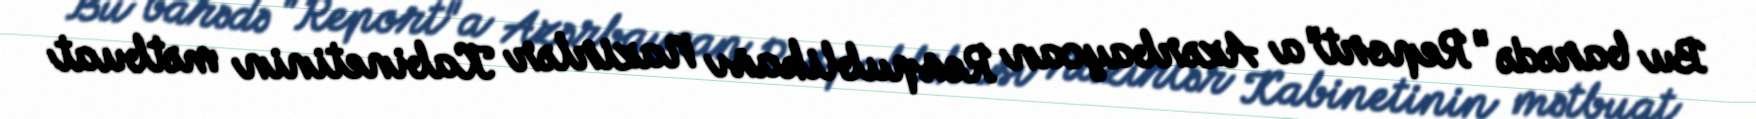
Bu barədə "Report"a Azərbaycan Respublikası Nazirlər Kabinetinin mətbuat